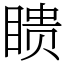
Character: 瞆